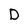
Character: D